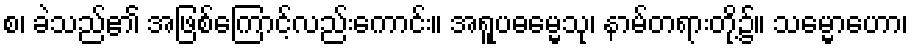
စ၊ ခဲသည်၏ အဖြစ်ကြောင့်လည်းကောင်း။ အရူပဓမ္မေသု၊ နာမ်တရားတို့၌။ သမ္မောဟော၊